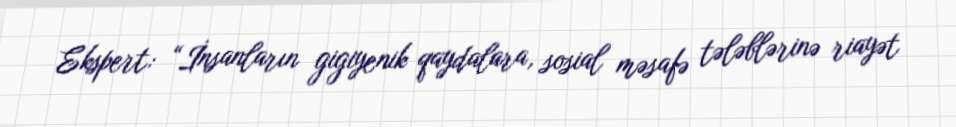
Ekspert: “İnsanların gigiyenik qaydalara, sosial məsafə tələblərinə riayət